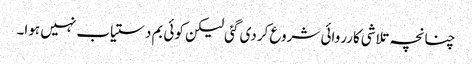
چنانچہ تلاشی کارروائی شروع کردی گئی لیکن کوئی بم دستیاب نہیں ہوا۔